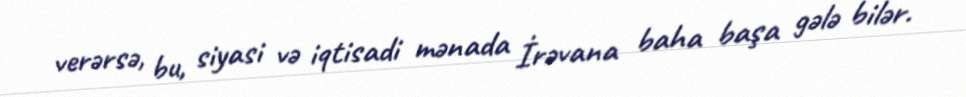
verərsə, bu, siyasi və iqtisadi mənada İrəvana baha başa gələ bilər.